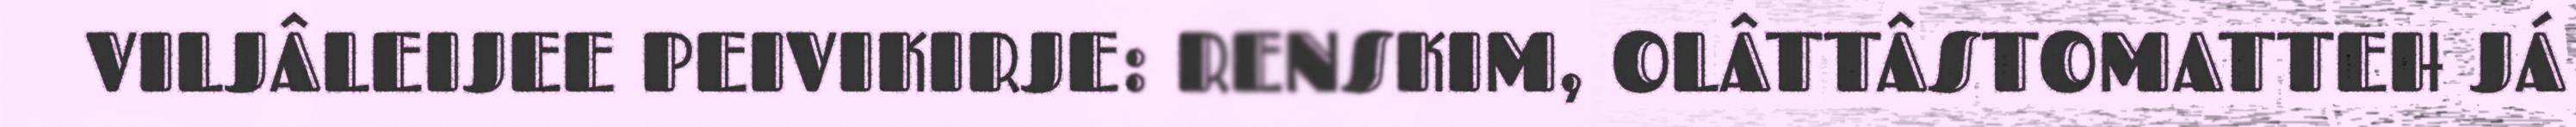
VILJÂLEIJEE PEIVIKIRJE: RENSKIM, OLÂTTÂSTOMATTEH JÁ